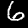
Label: 6